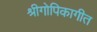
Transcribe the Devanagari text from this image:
श्रीगोपिकागीत